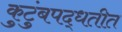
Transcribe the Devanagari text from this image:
कुटुंबपद्धतीत